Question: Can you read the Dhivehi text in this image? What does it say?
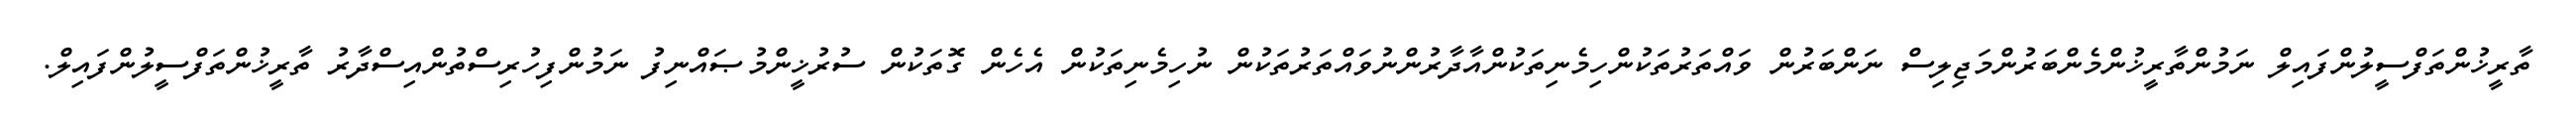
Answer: ތާރީޚުންތަފްސީލުންފައިލް ނަމުންތާރީޚުންމެންބަރުންމަޖިލިސް ނަންބަރުން ވައްތަރުތަކުންހިމެނިތަކުންއާދާރުންނުވައްތަރުތަކުން ނުހިމެނިތަކުން އެހެން ގޮތަކުން ސުރުޚީންމުޞައްނިފު ނަމުންފިހުރިސްތުންއިސްދާރު ތާރީޚުންތަފްސީލުންފައިލް.